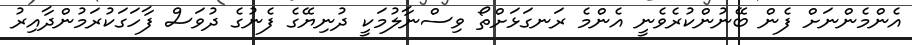
އެންމެންނަށް ފެން ބޭނުންކުރެވެނީ އެންމެ ރަނގަޅަށްތޯ ވިސްނާލުމަކީ ދުނިޔޭގެ ފެނުގެ ދުވަސް ފާހަގަކުރަމުންދާއިރު